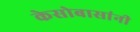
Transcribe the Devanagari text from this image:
केसोबासांनी